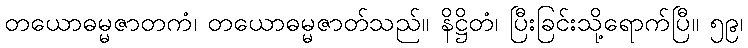
တယောဓမ္မဇာတကံ၊ တယောဓမ္မဇာတ်သည်။ နိဋ္ဌိတံ၊ ပြီးခြင်းသို့ရောက်ပြီ။ ၅၉၊